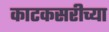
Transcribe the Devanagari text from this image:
काटकसरीच्या